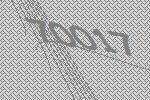
70017